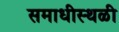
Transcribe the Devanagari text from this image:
समाधीस्थळी